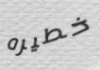
خطيره